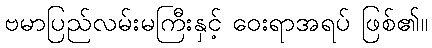
ဗမာပြည်လမ်းမကြီးနှင့် ဝေးရာအရပ် ဖြစ်၏။